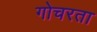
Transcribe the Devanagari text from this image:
गोचरता